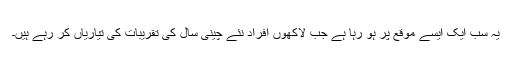
یہ سب ایک ایسے موقع پر ہو رہا ہے جب لاکھوں افراد نئے چینی سال کی تقریبات کی تیاریاں کر رہے ہیں۔